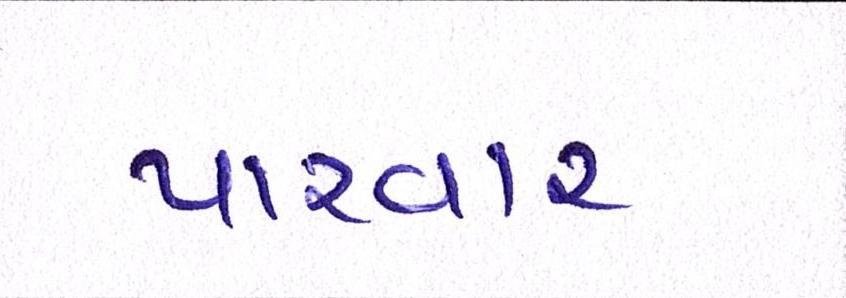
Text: પારવાર